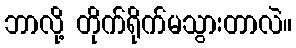
ဘာလို့ တိုက်ရိုက်မသွားတာလဲ။